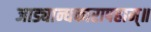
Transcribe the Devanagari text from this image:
जाड्यान्धकारापहाम्‌॥